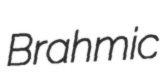
Brahmic